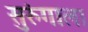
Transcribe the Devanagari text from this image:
सुरुंगाला